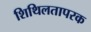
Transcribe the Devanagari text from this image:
शिथिलतापरक